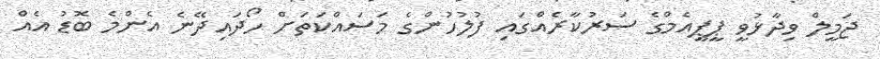
ޖަމީލް ވިދާޅުވީ ޕީޕީއެމްގެ ސަރުކާރެއްގައި ފުލުހުންގެ މަސައްކަތަށް ހޯދައިދޭނެ އެންމެ ބޮޑު އެއް